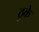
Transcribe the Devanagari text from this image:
ठुके